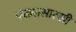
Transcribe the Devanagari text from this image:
पंख्यासारखी